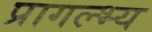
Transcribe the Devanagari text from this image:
प्रागल्भ्य